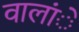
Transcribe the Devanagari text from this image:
वालांे